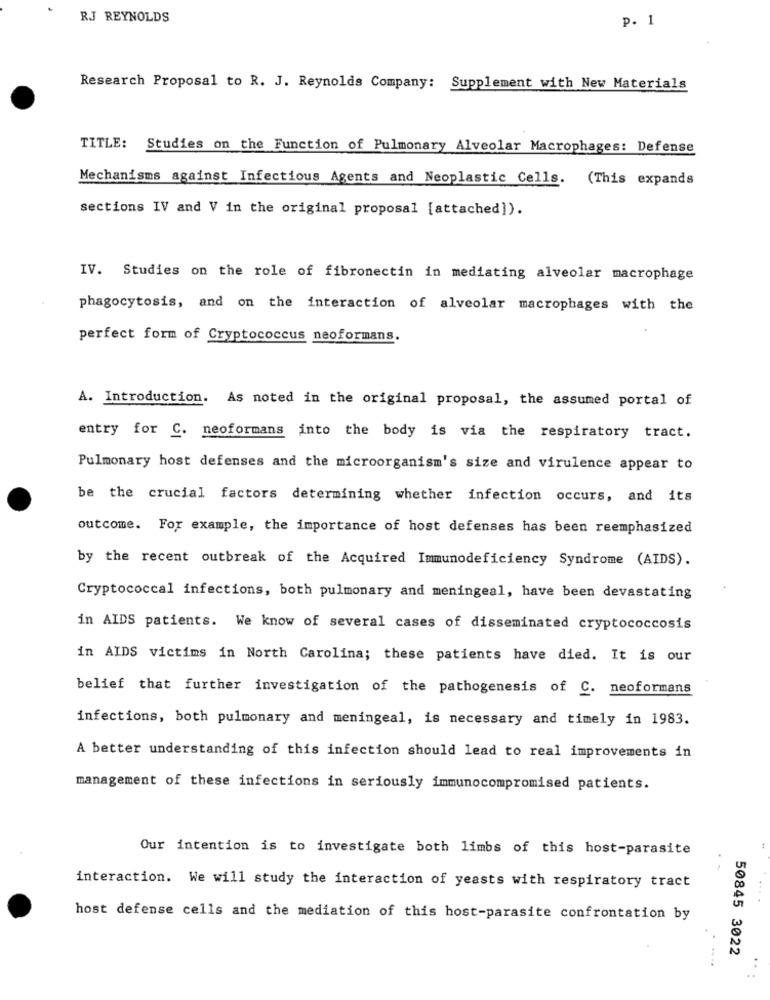
RJ REYNOLDS
p. 1
Research Proposal to R. J. Reynolds Company: Supplement with New Materials
TITLE: Studies on the Function of Pulmonary Alveolar Macrophages: Defense
Mechanisms against Infectious Agents and Neoplastic Cells. (This expands
sections IV and V in the original proposal [attached]).
IV. Studies on the role of fibronectin in mediating alveolar macrophage
phagocytosis, and on the interaction of alveolar macrophages with the
perfect form of Cryptococcus neoformans.
A. Introduction. As noted in the original proposal, the assumed portal of
entry for C. neoformans into the body is via the respiratory tract.
Pulmonary host defenses and the microorganism's size and virulence appear to
be the crucial factors determining whether infection occurs, and its
outcome. For example, the importance of host defenses has been reemphasized
by the recent outbreak of the Acquired Immunodeficiency Syndrome (AIDS).
Cryptococcal infections, both pulmonary and meningeal, have been devastating
in AIDS patients. We know of several cases of disseminated cryptococcosis
in AIDS victims in North Carolina; these patients have died. It is our
belief that further investigation of the pathogenesis of C. neoformans
infections, both pulmonary and meningeal, is necessary and timely in 1983.
A better understanding of this infection should lead to real improvements in
management of these infections in seriously immunocompromised patients.
Our intention is to investigate both limbs of this host-parasite
interaction. We will study the interaction of yeasts with respiratory tract
host defense cells and the mediation of this host-parasite confrontation by
50845 3022